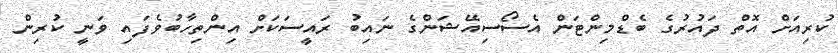
ކުރިއަށް އޮތް ދައުރުގެ ބެޑްމިންޓަން އެސޯސިއޭޝަންގެ ނައިބު ރައީސަކަށް އިންތިހާބުވެފައި ވަނީ ކުރިން